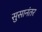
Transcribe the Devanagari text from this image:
सुसानंतर